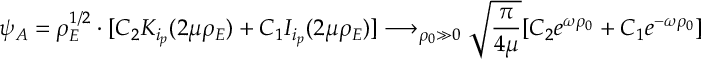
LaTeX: \psi _ { A } = \rho _ { E } ^ { 1 / 2 } \cdot [ C _ { 2 } K _ { i _ { p } } ( 2 \mu \rho _ { E } ) + C _ { 1 } I _ { i _ { p } } ( 2 \mu \rho _ { E } ) ] \longrightarrow _ { \rho _ { 0 } \gg 0 } \sqrt { \frac { \pi } { 4 \mu } } [ C _ { 2 } e ^ { \omega \rho _ { 0 } } + C _ { 1 } e ^ { - \omega \rho _ { 0 } } ]